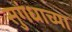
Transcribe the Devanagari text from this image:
सुगंधाच्या